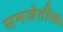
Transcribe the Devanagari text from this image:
समजेतील